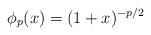
LaTeX: \begin{align*}\phi_p(x)=(1+x)^{-p/2}\end{align*}